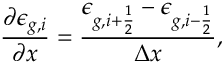
\frac { \partial \epsilon _ { g , i } } { \partial x } = \frac { \epsilon _ { g , i + \frac { 1 } { 2 } } - \epsilon _ { g , i - \frac { 1 } { 2 } } } { \Delta x } ,